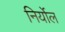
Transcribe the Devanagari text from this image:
निर्योल